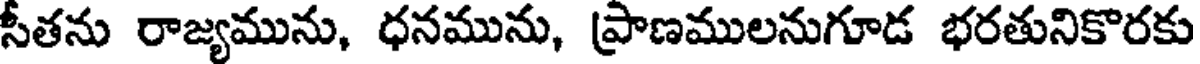
సీతను రాజ్యమును, ధనమును, ప్రాణములనుగూడ భరతునికొరకు